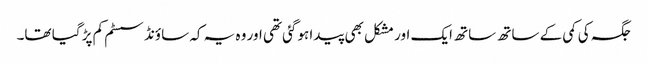
جگہ کی کمی کے ساتھ ساتھ ایک اور مشکل بھی پیدا ہوگئی تھی اور وہ یہ کہ ساؤنڈ سسٹم کم پڑ گیا تھا۔